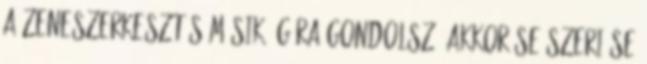
a zeneszerkesztés másik ágára gondolsz, akkor se szeri se